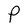
Character: P